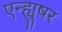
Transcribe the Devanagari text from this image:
एन्ह्युषर